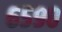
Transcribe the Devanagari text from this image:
६५९०